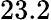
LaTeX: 23.2